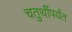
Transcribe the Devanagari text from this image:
चतुर्थीपर्यंत